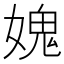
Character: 媿